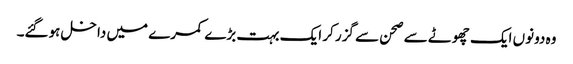
وہ دونوں ایک چھوٹے سے صحن سے گزر کر ایک بہت بڑے کمرے میں داخل ہوگئے۔